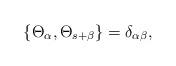
LaTeX: \begin{align*}\{\Theta_{\alpha},\Theta_{s+\beta}\}=\delta_{\alpha\beta},\end{align*}